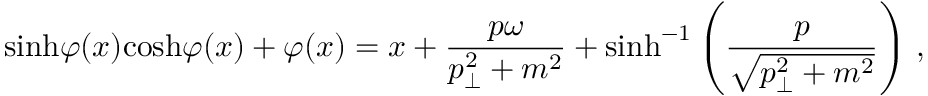
\mathrm { s i n h } \varphi ( x ) \mathrm { c o s h } \varphi ( x ) + \varphi ( x ) = x + { \frac { p \omega } { p _ { \perp } ^ { 2 } + m ^ { 2 } } } + \mathrm { s i n h } ^ { - 1 } \left( { \frac { p } { \sqrt { p _ { \perp } ^ { 2 } + m ^ { 2 } } } } \right) \, ,